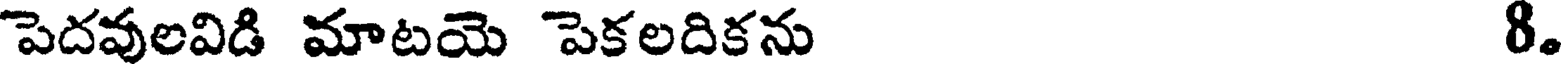
పెదవులవిడి మాటయె పెకలదికను 8.